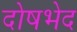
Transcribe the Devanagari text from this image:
दोषभेद